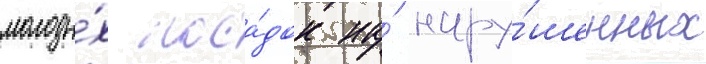
молоды́х поса́док на́ нару́шенных